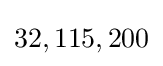
32,115,200